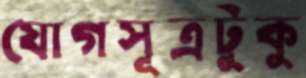
যোগসূত্রটুকু